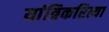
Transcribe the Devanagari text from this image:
यांत्रिकरित्या